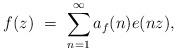
LaTeX: \begin{align*} f(z) \ = \ \sum_{n=1}^\infty a_f(n) e(nz),\end{align*}